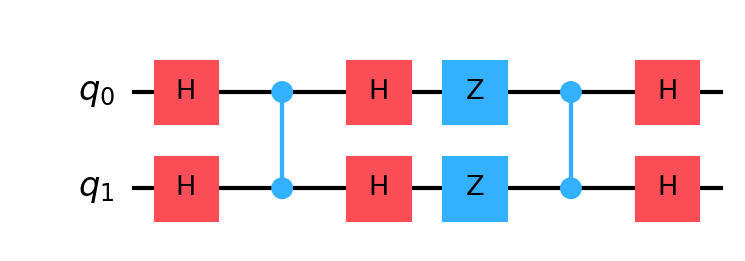
Description: 2-qubit Grover search
描述: 2量子比特Grover搜索
Category: intermediate (difficulty: intermediate)
Qubits: 2, circuit depth: 6

Braket implementation:
from braket.circuits import Circuit
circuit = Circuit().h(0).h(1).cz(0, 1).h(0).h(1).z(0).z(1).cz(0, 1).h(0).h(1)